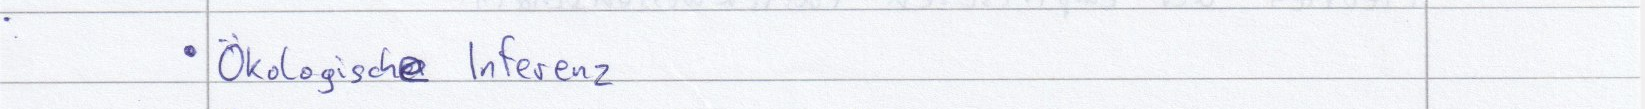
Ökologische Inferenz